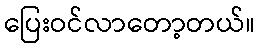
ပြေးဝင်လာတော့တယ်။